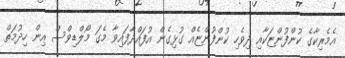
އެމެރިކާގެ ކުންފުންޏަކާއި ދިވެހި ކުންފުންޏެއް ގުޅިގެން އުފައްދާފައިވާ މެގަ މޯލްޑިވްސް އިން ހިދުމަތް